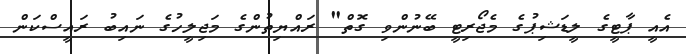
އެއީ ޕާޓީގެ ލީޑަޝިޕުގެ މެޖޯރިޓީ ބޭނުންވި ގޮތް" ރައްޔިތުންގެ މަޖިލީހުގެ ނައިބު ރައީސްކަން